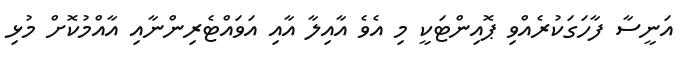
އަނީސާ ފާހަގަކުރެއްވި ޕޮއިންޓަކީ މި އެވެ އާއިލާ އާއި އަވައްޓެރިންނާއި އާއްމުކޮށް މުޅި